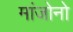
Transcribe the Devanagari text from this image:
मांजोनो